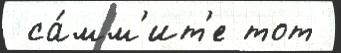
 са́мм'ит'е тот